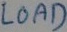
Text: LOAD